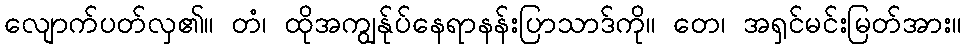
လျောက်ပတ်လှ၏။ တံ၊ ထိုအကျွန်ုပ်နေရာနန်းပြာသာဒ်ကို။ တေ၊ အရှင်မင်းမြတ်အား။